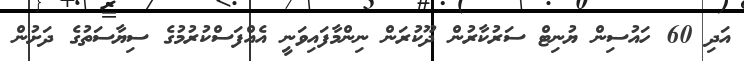
އަދި 60 ހައުސިން ޔުނިޓް ސަރުކާރުން ދޫކުރަން ނިންމާފައިވަނީ އެއްފަސްކުރުމުގެ ސިޔާސަތުގެ ދަށުން